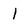
Character: 1